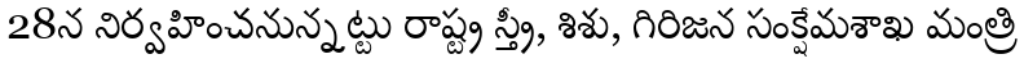
28న నిర్వహించనున్నట్టు రాష్ట్ర స్త్రీ, శిశు, గిరిజన సంక్షేమశాఖ మంత్రి